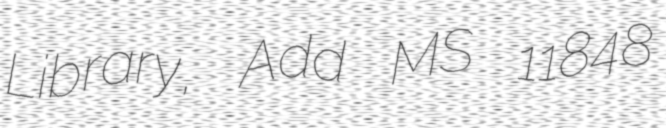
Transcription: Library, Add MS 11848